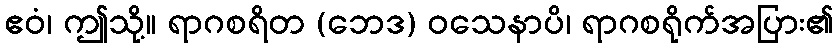
ဧဝံ၊ ဤသို့။ ရာဂစရိတ (ဘေဒ) ဝသေနာပိ၊ ရာဂစရိုက်အပြား၏